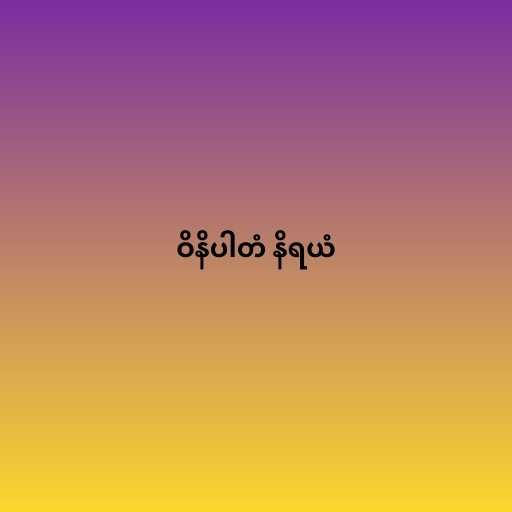
ဝိနိပါတံ နိရယံ